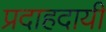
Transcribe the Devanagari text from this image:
प्रदाहदायी